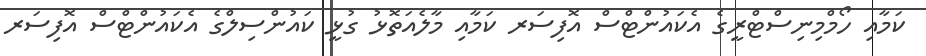
ކަމާއި ހޯމްމިނިސްޓްރީގެ އެކައުންޓްސް އޮފިސަރ ކަމާއި މާލެއަތޮޅު ގުޅީ ކައުންސިލްގެ އެކައުންޓްސް އޮފިސަރ